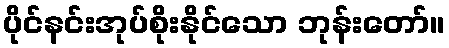
ပိုင်နင်းအုပ်စိုးနိုင်သော ဘုန်းတော်။